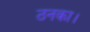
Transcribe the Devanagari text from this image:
ठनका।